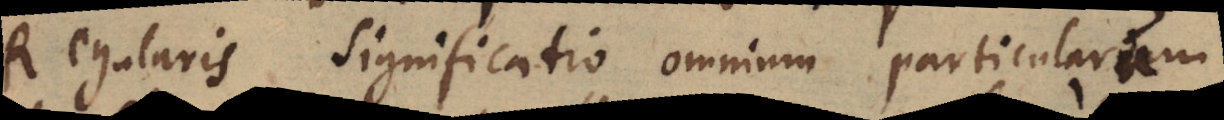
Regularis Significatio omnium particularum